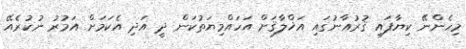
މިހެންނޭ ކިޔާފައި ޤުރުއާނުގައި އަޚްލާޤަށް އަހައްމިޔަތުކަން ދީ އަދި އެކަމަށް އަމުރު ނުކުރެއޭ